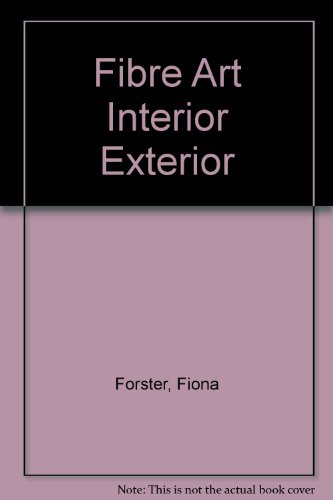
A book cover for Fibre Art Interior Exterior; Fiona Forster; Crafts, Hobbies & Home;